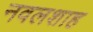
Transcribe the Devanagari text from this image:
नवलशाह